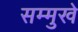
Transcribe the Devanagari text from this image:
सम्मुखे